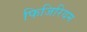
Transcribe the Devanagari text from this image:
फिजिरियम